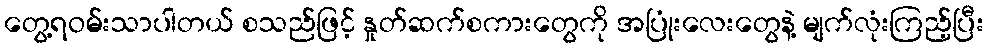
တွေ့ရဝမ်းသာပါတယ် စသည်ဖြင့် နှုတ်ဆက်စကားတွေကို အပြုံးလေးတွေနဲ့ မျက်လုံးကြည့်ပြီး